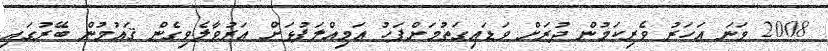
2008 ވަނަ އަހަރު ވެރިކަމުން ދުރަށް ވަޑައިގަތުމަށްފަހު އަމިއްލަފުޅަށް އަރުވާލެވިގެން ޤައުމުން ބޭރުގައި